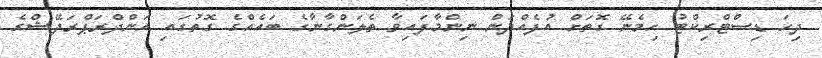
ދިހަ ޑިސްޓްރިކްޓު ހިމެނޭ ގޮތަށް އުފެއްދަން ނިންމާފައިވާ ތެލަންގާނާގެ ބައެއްގެ ގޮތުގައި އަންދްރަޕްރަދޭޝްގެ